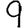
Digit: 9